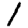
Digit: 1